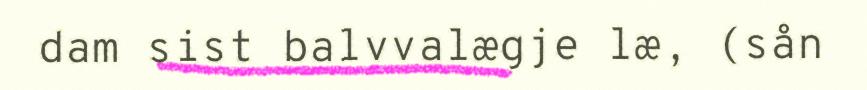
dam sist balvvalægje læ, (sån